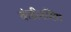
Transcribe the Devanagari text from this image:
कंडीनशिंग